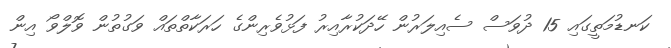
ކަނޑުމަތީގައި 15 ދުވަސް ސެއިލަރުން ހޭދަކުރާއިރު ފަޅުވެރިންގެ ހަރަކާތްތައް ވަގުތުން ވޮލްވޯ އިން